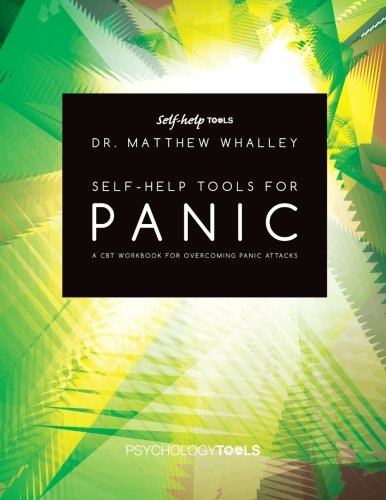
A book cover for Self-help tools for panic: A CBT workbook for overcoming panic attacks; Dr Matthew G Whalley; Self-Help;